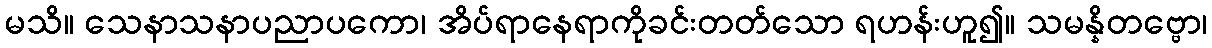
မသိ။ သေနာသနာပညာပကော၊ အိပ်ရာနေရာကိုခင်းတတ်သော ရဟန်းဟူ၍။ သမန္နိတဗ္ဗော၊